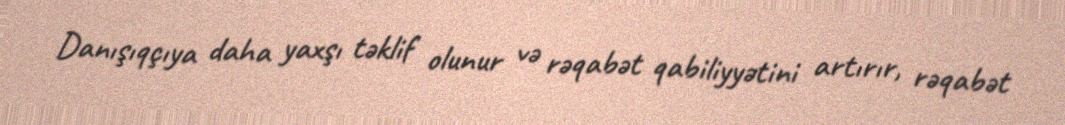
Danışıqçıya daha yaxşı təklif olunur və rəqabət qabiliyyətini artırır, rəqabət